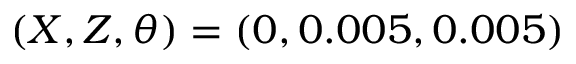
( X , Z , \theta ) = ( 0 , 0 . 0 0 5 , 0 . 0 0 5 )